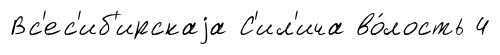
Вс'ес'иб'ирскаjа С'ил'ича во́лость 4